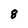
Character: 8